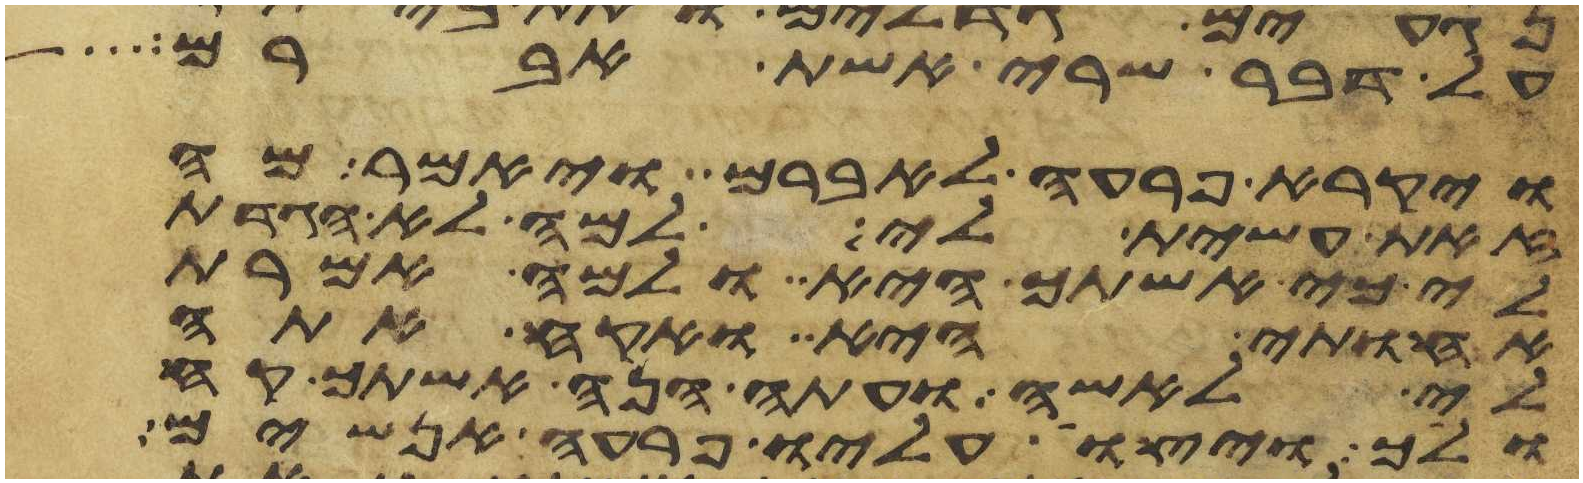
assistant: על דבר שרי אשת אברם
ויקרא פרעה לאברם ויאמר מה
זאת עשית לי למה לא הגדת
לי כי אשתך היא ולמה אמרת
אחותי היא ואקח אתה
לי לאשה ועתה הנה אשתך קח
ולך ויצו עליו פרעה אנשים